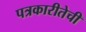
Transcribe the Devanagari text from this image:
पत्रकारीतेची